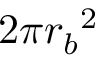
2 \pi { r _ { b } } ^ { 2 }